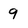
Character: 9